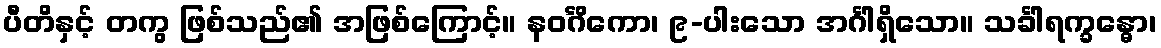
ပီတိနှင့် တကွ ဖြစ်သည်၏ အဖြစ်ကြောင့်။ နဝင်္ဂိကော၊ ၉-ပါးသော အင်္ဂါရှိသော။ သင်္ခါရက္ခန္ဓော၊